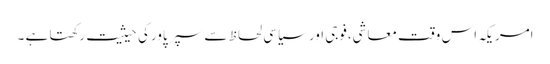
امریکہ اس وقت معاشی،فوجی اور سیاسی لحاظ سے سپر پاورکی حیثیت رکھتا ہے ۔